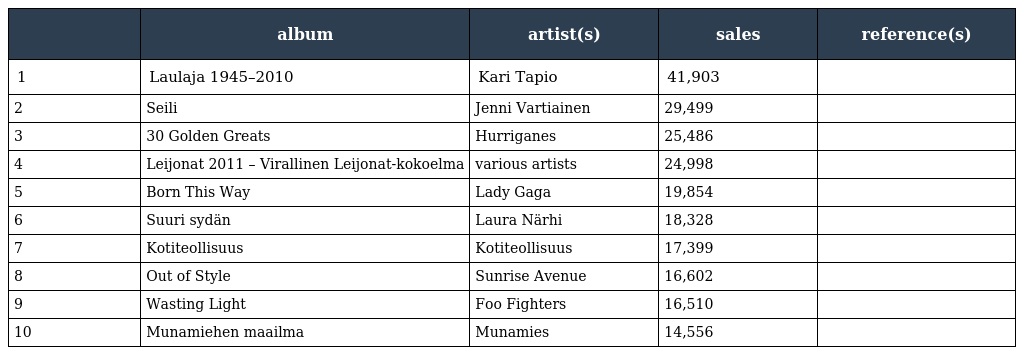
|  | album | artist(s) | sales | reference(s) |
 | --- | --- | --- | --- | --- |
 | 1 | Laulaja 1945–2010 | Kari Tapio | 41,903 |  |
 | 2 | Seili | Jenni Vartiainen | 29,499 |  |
 | 3 | 30 Golden Greats | Hurriganes | 25,486 |  |
 | 4 | Leijonat 2011 – Virallinen Leijonat-kokoelma | various artists | 24,998 |  |
 | 5 | Born This Way | Lady Gaga | 19,854 |  |
 | 6 | Suuri sydän | Laura Närhi | 18,328 |  |
 | 7 | Kotiteollisuus | Kotiteollisuus | 17,399 |  |
 | 8 | Out of Style | Sunrise Avenue | 16,602 |  |
 | 9 | Wasting Light | Foo Fighters | 16,510 |  |
 | 10 | Munamiehen maailma | Munamies | 14,556 |  |